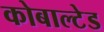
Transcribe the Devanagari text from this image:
कोबाल्टेड